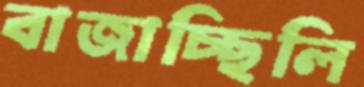
বাজাচ্ছিলি